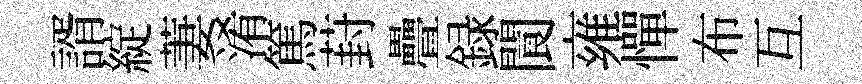
諝綻萋淆篤葑疊録閬雍憚布互